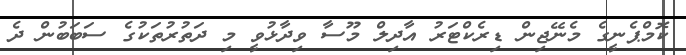
ކޮމްޕެނީގެ މެނޭޖިން ޑިރެކްޓަރު އާދިލް މޫސާ ވިދާޅުވީ މި ދަތުރުތަކުގެ ސަބަބުން ދެ